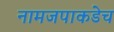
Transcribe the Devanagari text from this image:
नामजपाकडेच